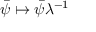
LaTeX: { \bar { \psi } } \mapsto { \bar { \psi } } \lambda ^ { - 1 }